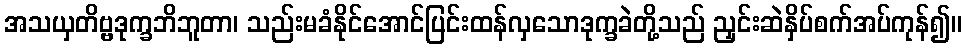
အသယှတိဗ္ဗဒုက္ခဘိဘူတာ၊ သည်းမခံနိုင်အောင်ပြင်းထန်လှသောဒုက္ခခဲတို့သည် ညှင်းဆဲနှိပ်စက်အပ်ကုန်၍။